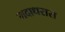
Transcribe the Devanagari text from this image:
गदाधरास